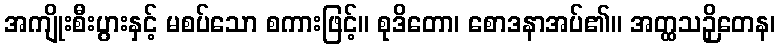
အကျိုးစီးပွားနှင့် မစပ်သော စကားဖြင့်။ စုဒိတော၊ စောဒနာအပ်၏။ အတ္ထသဉှိတေန၊